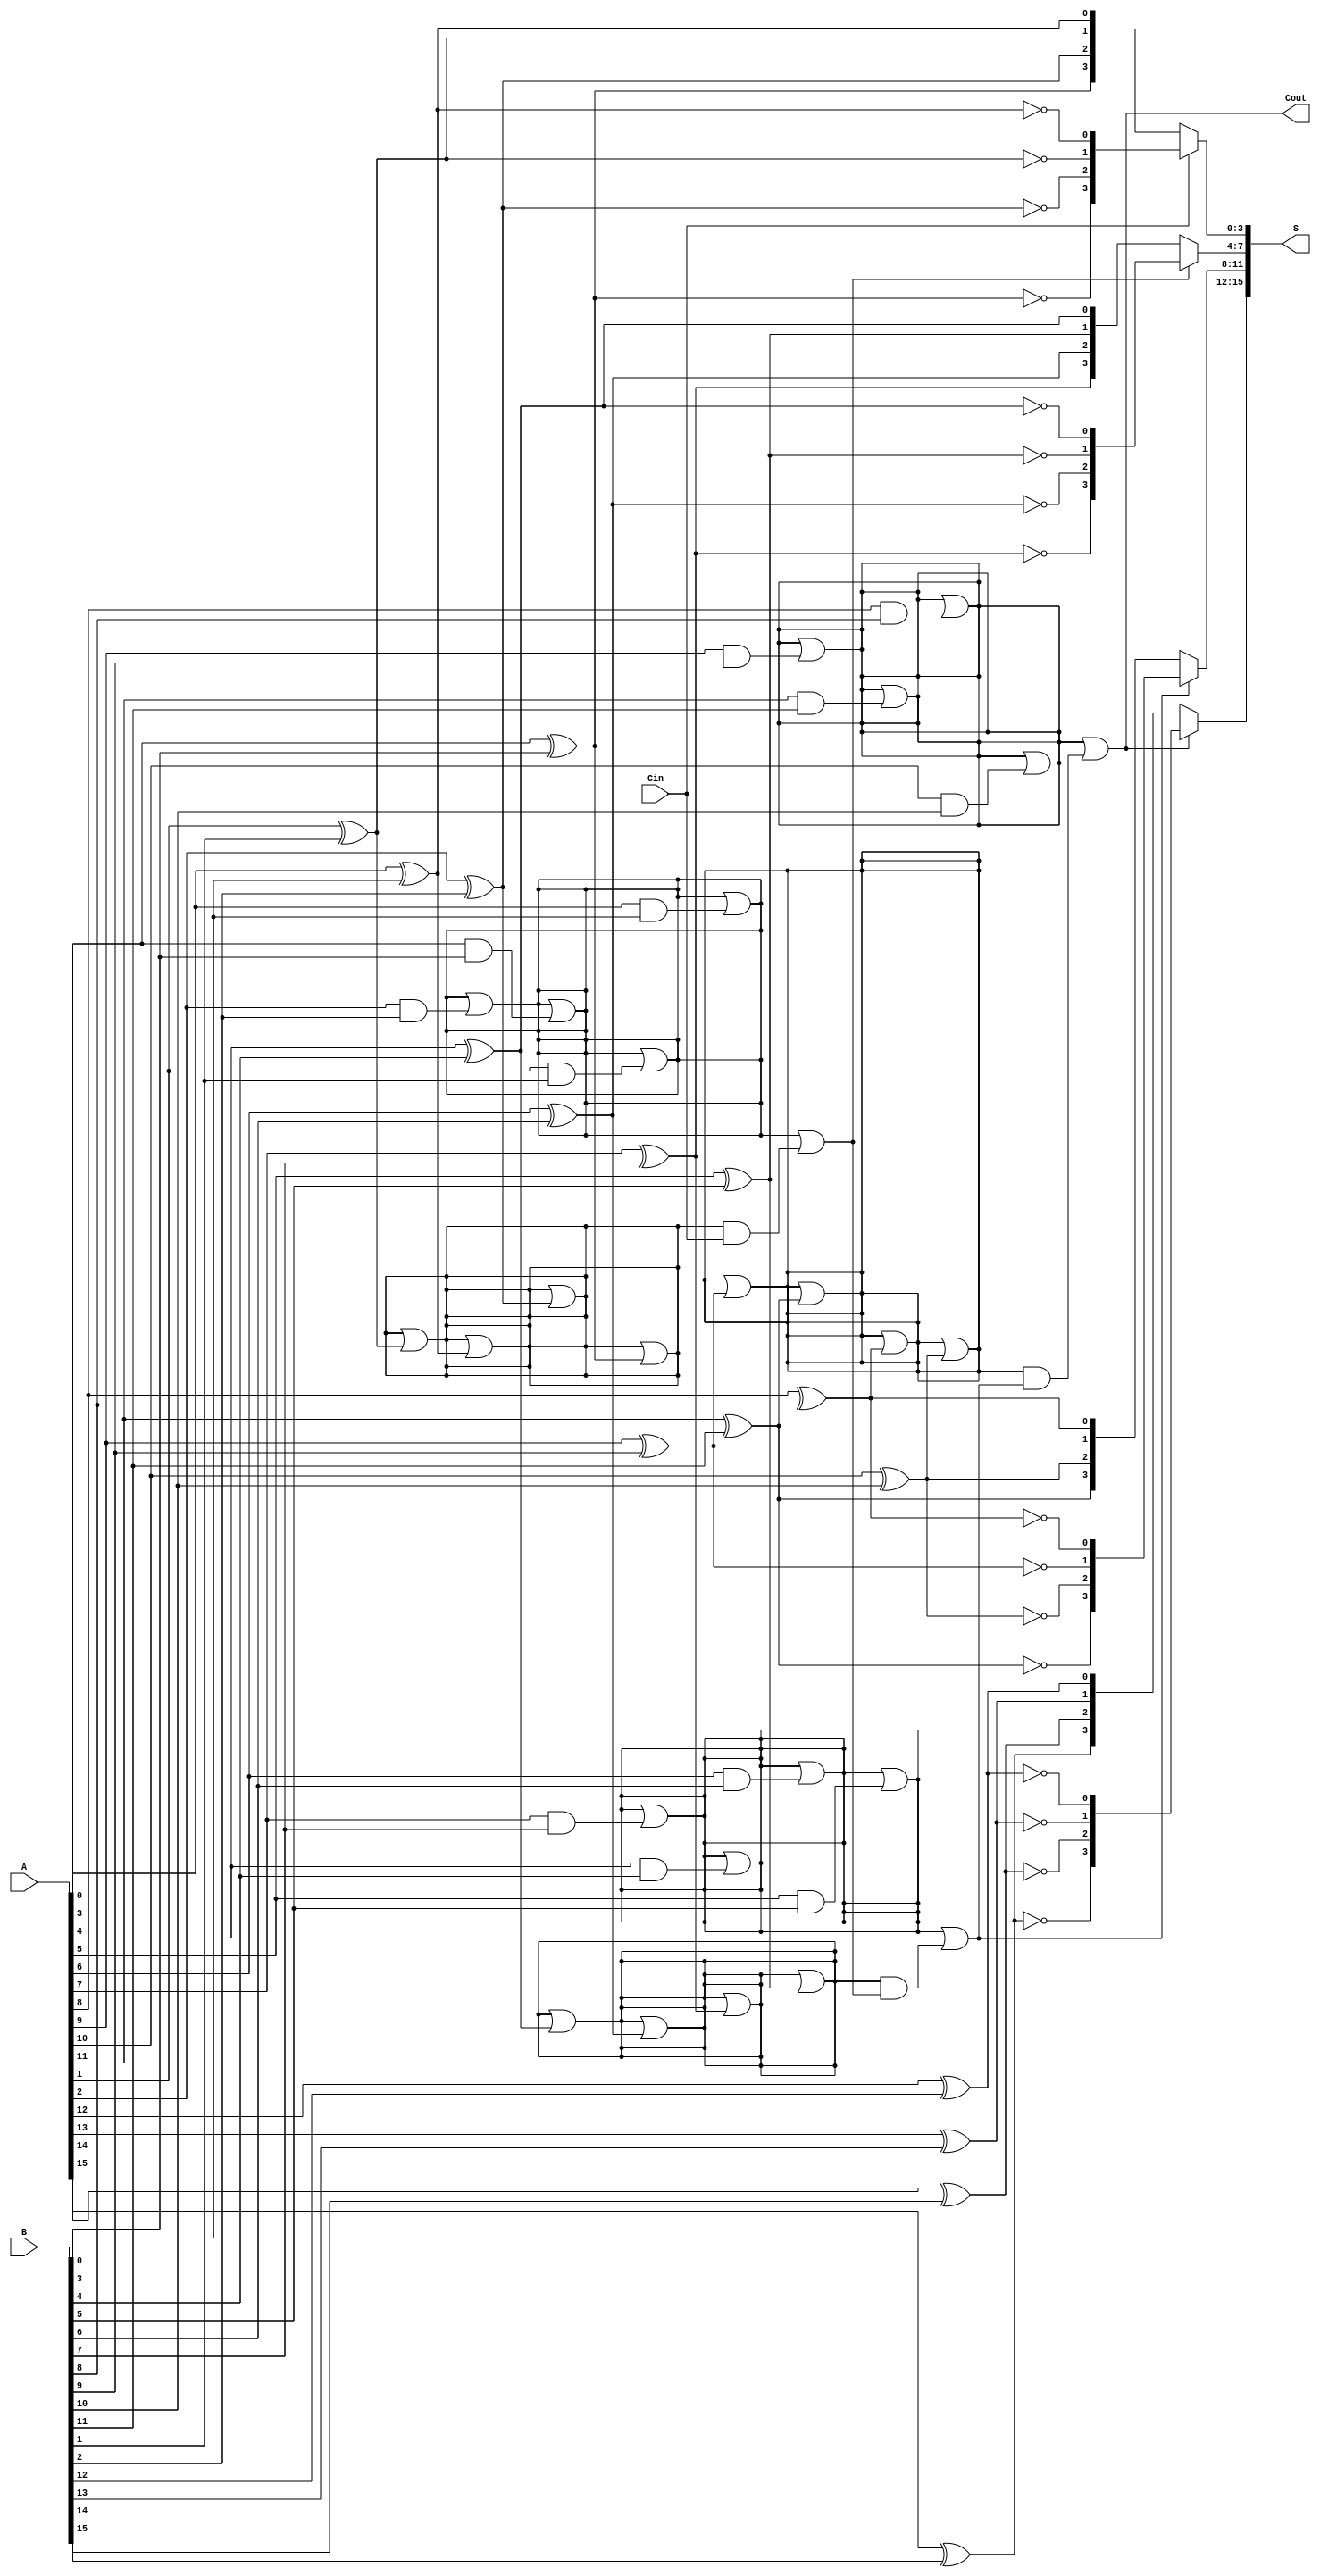
module CarrySelectAdder #(
    parameter N = 16, // Total bit-width
    parameter M = 4   // Segment size
)(
    input [N-1:0] A,   // First operand
    input [N-1:0] B,   // Second operand
    input Cin,         // Carry-in
    output [N-1:0] S,  // Sum output
    output Cout        // Carry-out
);

    // Internal signals
    wire [N/M-1:0] G; // Generate signals for each segment
    wire [N/M-1:0] P; // Propagate signals for each segment
    wire [N/M:0] C;   // Carry signals for each segment
    wire [N-1:0] S0;  // Sum assuming carry-in = 0
    wire [N-1:0] S1;  // Sum assuming carry-in = 1

    // Generate and propagate logic for each segment
    genvar i, j;
    generate
        for (i = 0; i < N/M; i = i + 1) begin : segment
            // Generate and propagate for each bit in the segment
            for (j = 0; j < M; j = j + 1) begin : bit
                if (i * M + j < N) begin
                    assign G[i] = G[i] | (A[i * M + j] & B[i * M + j]);
                    assign P[i] = P[i] | (A[i * M + j] ^ B[i * M + j]);
                end
            end
            // Compute carry for each segment
            if (i == 0) begin
                assign C[i] = Cin; // First segment carry-in
            end else begin
                assign C[i] = G[i-1] | (P[i-1] & C[i-1]); // Carry lookahead
            end
        end
    endgenerate

    // Sum calculation for both carry-in = 0 and carry-in = 1
    generate
        for (i = 0; i < N/M; i = i + 1) begin : sum
            for (j = 0; j < M; j = j + 1) begin : bit_sum
                if (i * M + j < N) begin
                    assign S0[i * M + j] = A[i * M + j] ^ B[i * M + j] ^ 1'b0; // Carry-in = 0
                    assign S1[i * M + j] = A[i * M + j] ^ B[i * M + j] ^ 1'b1; // Carry-in = 1
                end
            end
        end
    endgenerate

    // Select the appropriate sum based on the carry-in
    generate
        for (i = 0; i < N/M; i = i + 1) begin : select
            if (i == 0) begin
                assign S[i * M +: M] = (C[i] == 1'b0) ? S0[i * M +: M] : S1[i * M +: M];
            end else begin
                assign S[i * M +: M] = (C[i] == 1'b0) ? S0[i * M +: M] : S1[i * M +: M];
            end
        end
    endgenerate

    // Final carry-out
    assign Cout = C[N/M-1];

endmodule